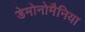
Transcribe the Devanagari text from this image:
डेमोनोमैनिया